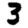
Digit: 3